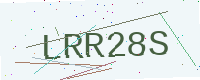
Text: LRR28S